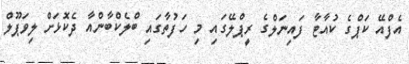
އެފްއޭ ކަޕްގެ ކުއާޓާ ފައިނަލްގެ ރީޕްލޭގައި މި ހަފުތާގައި ބްލެކްބާންއާ ދެކޮޅަށް ލިވަޕޫލް